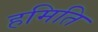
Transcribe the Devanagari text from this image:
हमिति